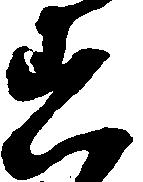
着